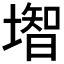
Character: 𡐻